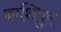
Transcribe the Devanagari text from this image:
काशिपुर